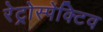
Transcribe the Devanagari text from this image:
रेट्रोस्‍पेक्टिव